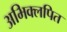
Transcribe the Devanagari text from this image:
अभिक्लपित